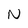
Character: N